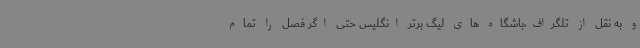
و به نقل از تلگراف‌،باشگاه های لیگ برتر انگلیس حتی اگر فصل را تمام